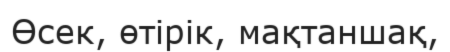
Өсек, өтірік, мақтаншақ,